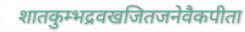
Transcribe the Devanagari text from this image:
शातकुम्भद्रवखजितजनेवैकपीता